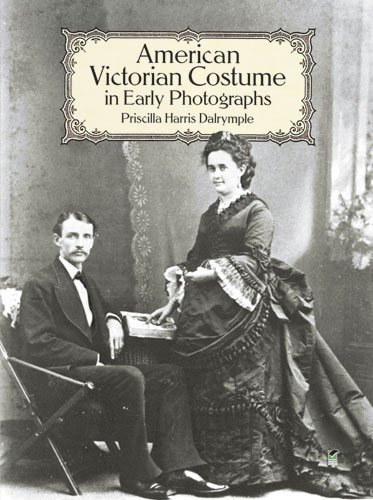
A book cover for American Victorian Costume in Early Photographs (Dover Fashion and Costumes); Priscilla Harris Dalrymple; Crafts, Hobbies & Home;